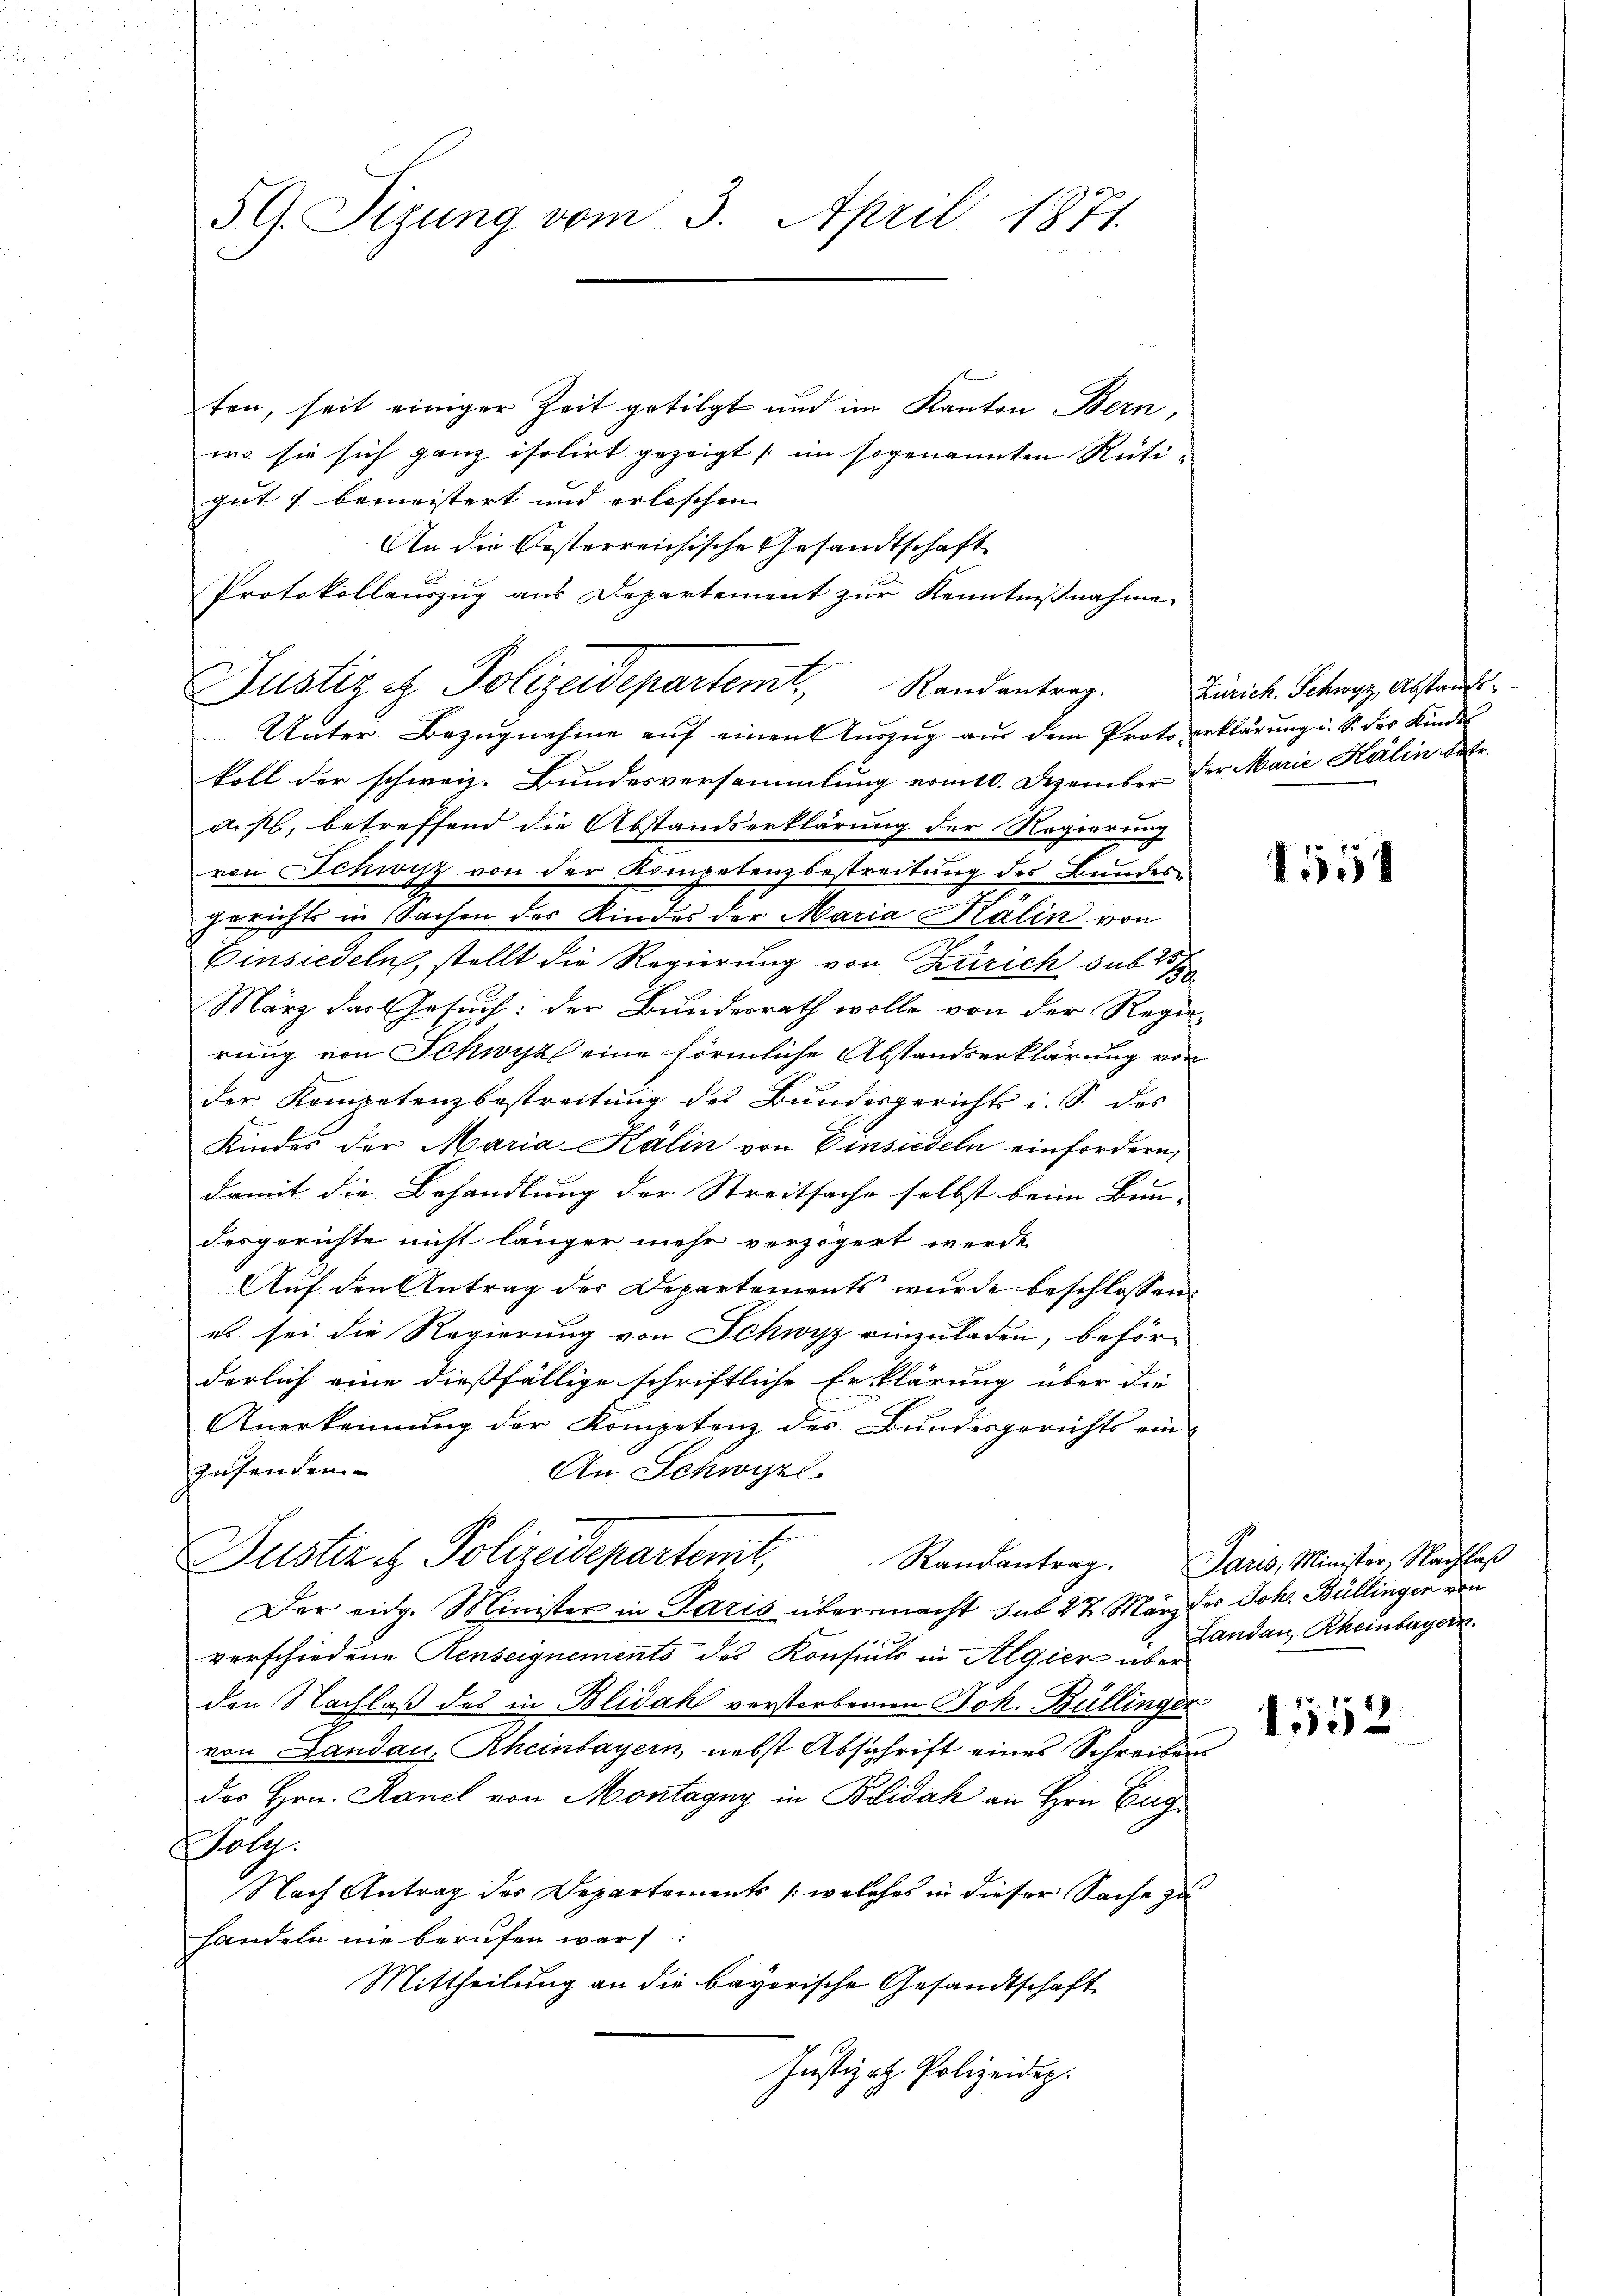
5 G. Sizung vom 3. April 1871.

ton, seit einiger Zeit getilgt und im Kanton Bern,
ero sie sich ganz isolirt gezeigt (im sogenannten Rüti- |
gut) bemeistert und erlischen |
An die Oesterreichische Gesandtschaft
Protokollauszug aus Departement zur Kenntnißnahme
Unter Bezugnahme auf einen Auszug aus dem Proto erklärung i. S. des Kinder
koll der schweiz. Bundesversammlung vom 10. Dezember der Marie Kälin betr.
d.sl, betreffend die Abstandserklärung der Regierung
von Schwyz von der Kompetenzbestreitung des Bundesgerichts in Sachen des Kindes der Maria Kalin von
Einsiedeln, stellt die Regierung von Zürich sub 287
3
März das Gesuch: der Bundesrath wolle von der Regie-
rung von Schwyz eine förmliche Abstandserklärung von
der Kompetenzbestreitung des Bundesgerichts i. S. das
Kindes der Maria Kälin von Einsiedeln einfordern,
damit die Behandlung der Streitsache selbst beim Bun-
desgerichte nicht länger mehr verzögert werde.
Auf den Antrag des Departements wurde beschlossen:
es sei die Regierung von Schwyz einzuladen, beförderlich eine dießfällige schriftliche Erklärung über die
Anerkennung der Kompetenz des Bundesgerichts einzusenden
An Schwyzl.
Justizit Polizeidepartemt,
Der eidg. Minister in Paris übermacht sub 27. März der Johs. Büllingen von
verschiedene Renseignements des Konsuls in Algier über
den Nachlaß des in Blidak verstorbenen Joh. Bullinger
von Landau, Rheinbayern, nebst Abschrift eines Schreibens
der Hrn. Ranel von Montagny in Bridak an Hrn. Eug
Foly
Nach Antrag des Departements (welches in dieser Sache zu
handeln nie berufen war:
Mittheilung an die bayerische Gesandtschaft
Justizrath Polizeiden.

Justiz et Polizeidepartemt, Randantrag.

Zürich. Schwyz, Abstands¬

1551

Randantrag. Paris, Minister, Nachlaß
Landau, Rheinbayern.

1552